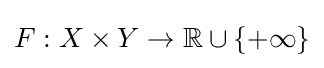
F:X\times Y\to \mathbb {R} \cup \{+\infty \}